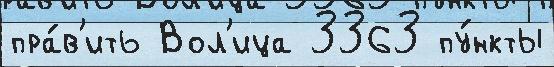
пра́в'ить Вол'ица 3363 пу́нкты